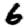
Digit: 6